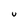
Character: U